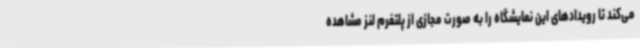
می‌کند تا رویدادهای این نمایشگاه را به صورت مجازی از پلتفرم لنز مشاهده